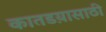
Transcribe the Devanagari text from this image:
कातडय़ासाठी